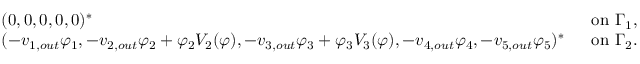
\begin{array} { r l r } & { ( 0 , 0 , 0 , 0 , 0 ) ^ { * } \; } & { \mathrm { ~ o n ~ } \Gamma _ { 1 } , } \\ & { ( - v _ { 1 , o u t } \varphi _ { 1 } , - v _ { 2 , o u t } \varphi _ { 2 } + \varphi _ { 2 } V _ { 2 } ( \varphi ) , - v _ { 3 , o u t } \varphi _ { 3 } + \varphi _ { 3 } V _ { 3 } ( \varphi ) , - v _ { 4 , o u t } \varphi _ { 4 } , - v _ { 5 , o u t } \varphi _ { 5 } ) ^ { * } \; } & { \mathrm { ~ o n ~ } \Gamma _ { 2 } . } \end{array}